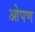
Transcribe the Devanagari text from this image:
ओपण